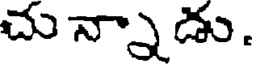
చున్నాడు.